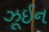
ઝૂઈન